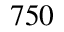
7 5 0